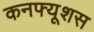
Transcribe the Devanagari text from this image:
कनफ्यूशस